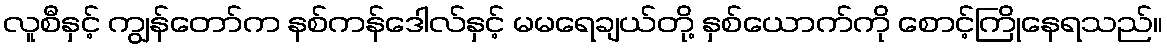
လူစီနှင့် ကျွန်တော်က နစ်ကန်ဒေါလ်နှင့် မမရေချယ်တို့ နှစ်ယောက်ကို စောင့်ကြိုနေရသည်။